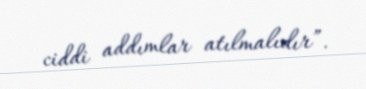
ciddi addımlar atılmalıdır”.